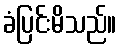
ခံပြင်းမိသည်။